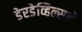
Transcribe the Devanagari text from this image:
डेरडेव्हिल्सने